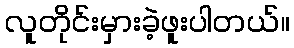
လူတိုင်းမှားခဲ့ဖူးပါတယ်။